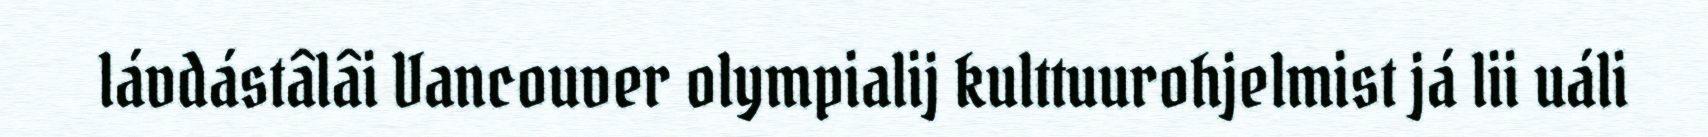
lávdástâlâi Vancouver olympialij kulttuurohjelmist já lii uáli